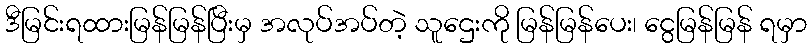
ဒီမြင်းရထားမြန်မြန်ပြီးမှ အလုပ်အပ်တဲ့ သူဌေးကို မြန်မြန်ပေး၊ ငွေမြန်မြန် ရမှာ